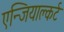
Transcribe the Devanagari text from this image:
एन्जियाल्कर्ट